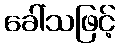
ခေါ်သဖြင့်